Leningradi_Edasi_toimetus, lk 73
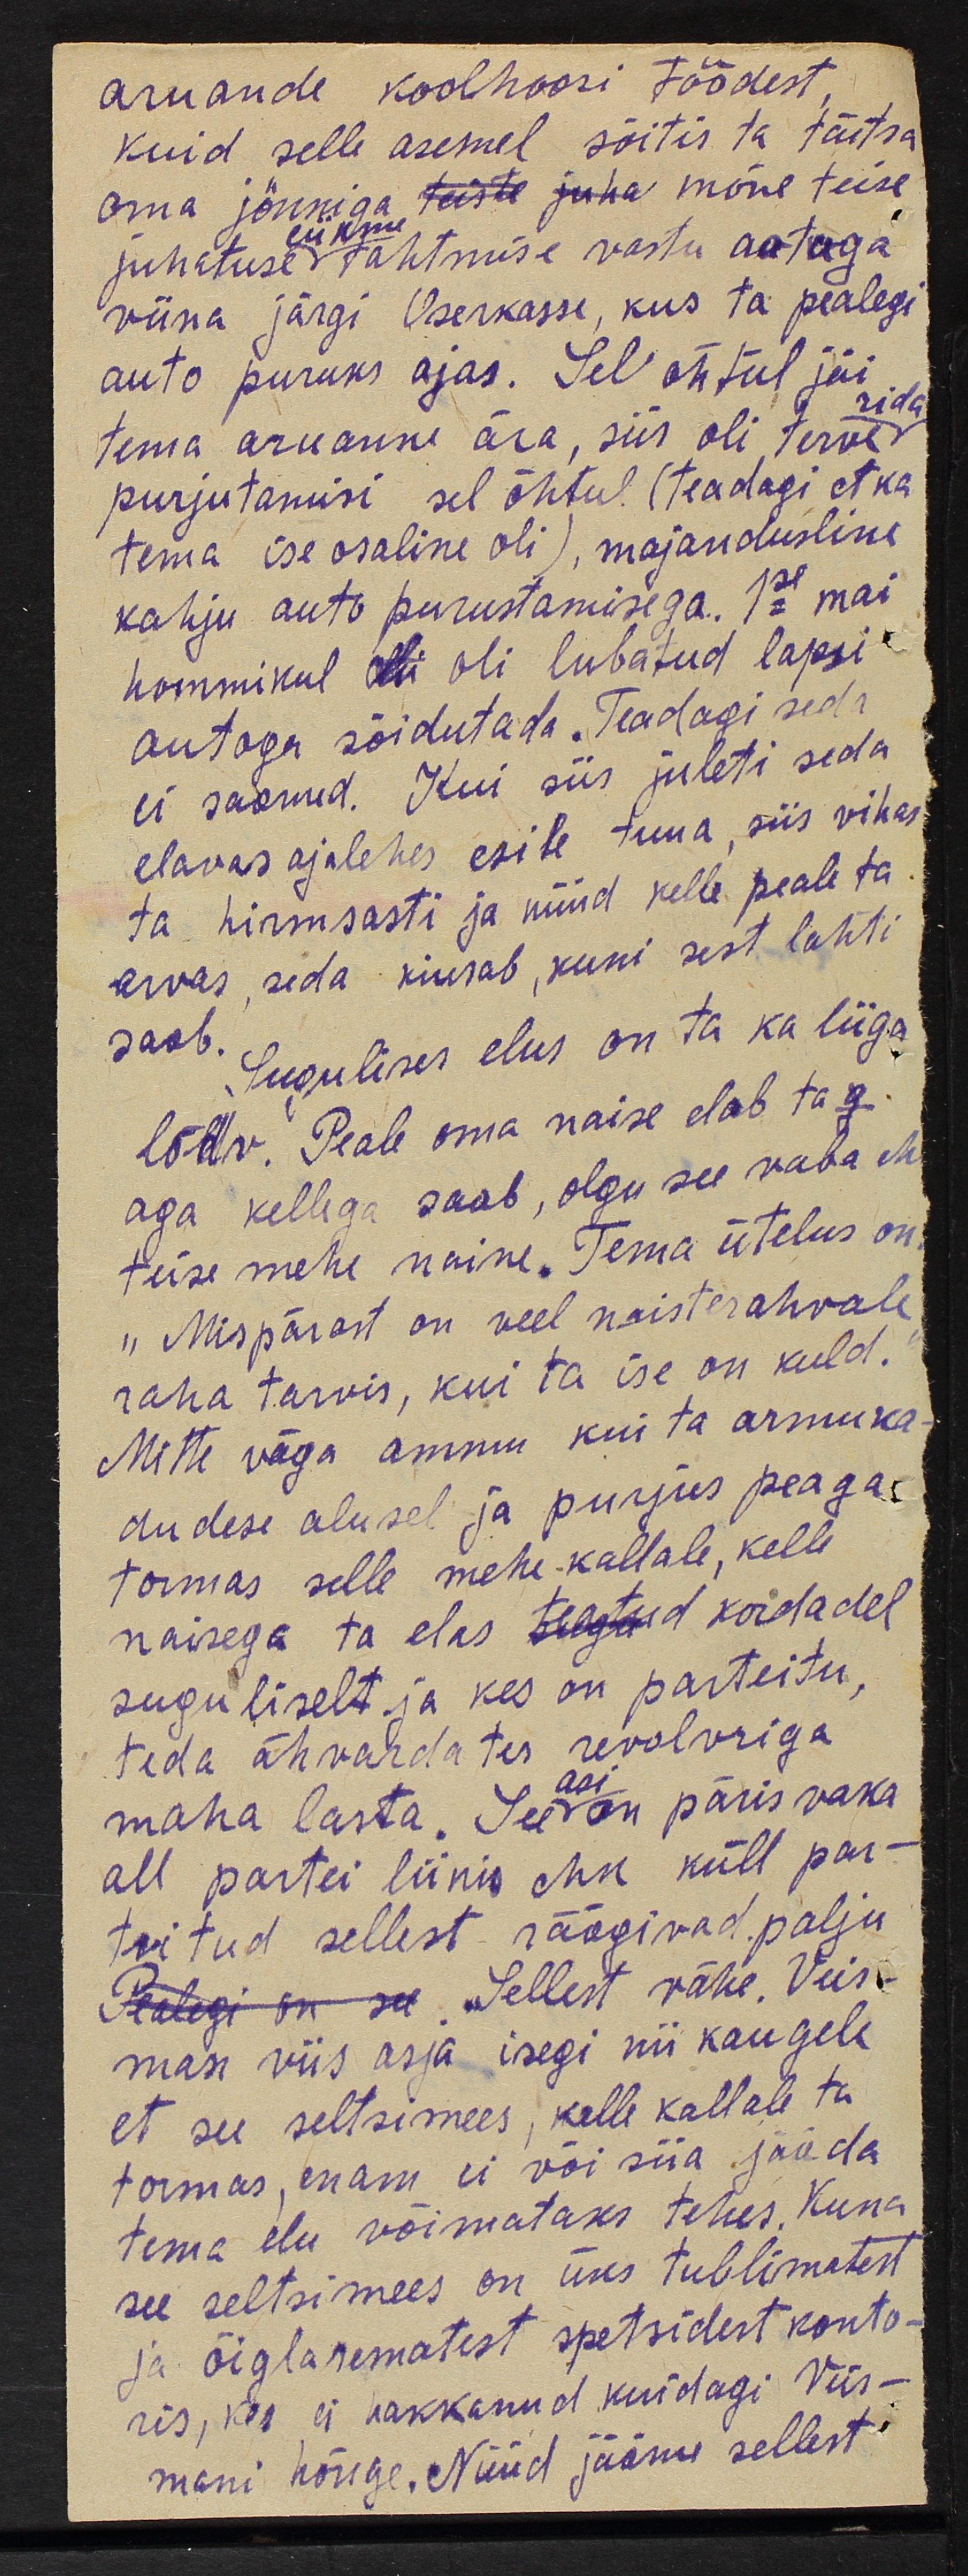
aruande koolhoosi töödest
kuid selle asemel sõitis ta täitsa
oma jönniga teiste juha mõne teise
juhatused tahtmise vastu autoga
viina järgi Oserkasse, kus ta pealegi
auto puruks ajas. Sel õhtul jäi
tema aruanne ära, siis oli terve
rida
purjutamisi sel õhtul (Teadagi et ka
tema ise osaline oli), majandusline
kahju auto purustamisega. 1se mai
hommikul oli oli lubatud lapsi
autoga sõidutada. Teadagi seda
ei saanud. Kui siis juleti seda
elavas ajalehes esile tuua, siis vihas
ta hirmsasti ja nüüd kelle peale ta
arvas, seda kiusab, kuni sest lahti
saab. Sugulises elus on ta ka liiga
lõtv. Peale oma naise elab ta g.
aga kellega saab, olgu see vaba ehk
teise mehe naine. Tema ütelus on
"Mispärast on veel naisterahvale
raha tarvis, kui ta ise on kuld."
Mitte väga ammu kui ta armuka
dudese alusel ja purjus peaga
tormas selle mehe kallale, kelle
naisega ta elas teatud kordadel
suguliselt ja kes on parteitu,
teda ähvardates revolvriga
asi
maha lasta. See on päris vaka
all partei liinis ehk küll par-
teitud sellest räägivad palju
Pealegi on see Sellest vähe, Veis-
man viis asja isegi nii kaugele,
et see seltsimees, kelle kallale ta
tormas, enam ei või siia jääda
tema elu võimataks tehes. Kuna
see seltsimees on üks tublimatest
ja õiglasematest spetsidest konto-
ris, kes ei hakkanud kuidagi Veis-
mani hõnge. Nüüd jääme sellest